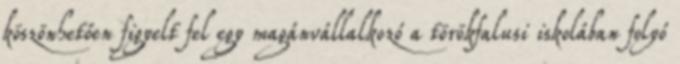
köszönhetően figyelt fel egy magánvállalkozó a törökfalusi iskolában folyó